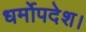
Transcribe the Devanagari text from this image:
धर्मोपदेश।